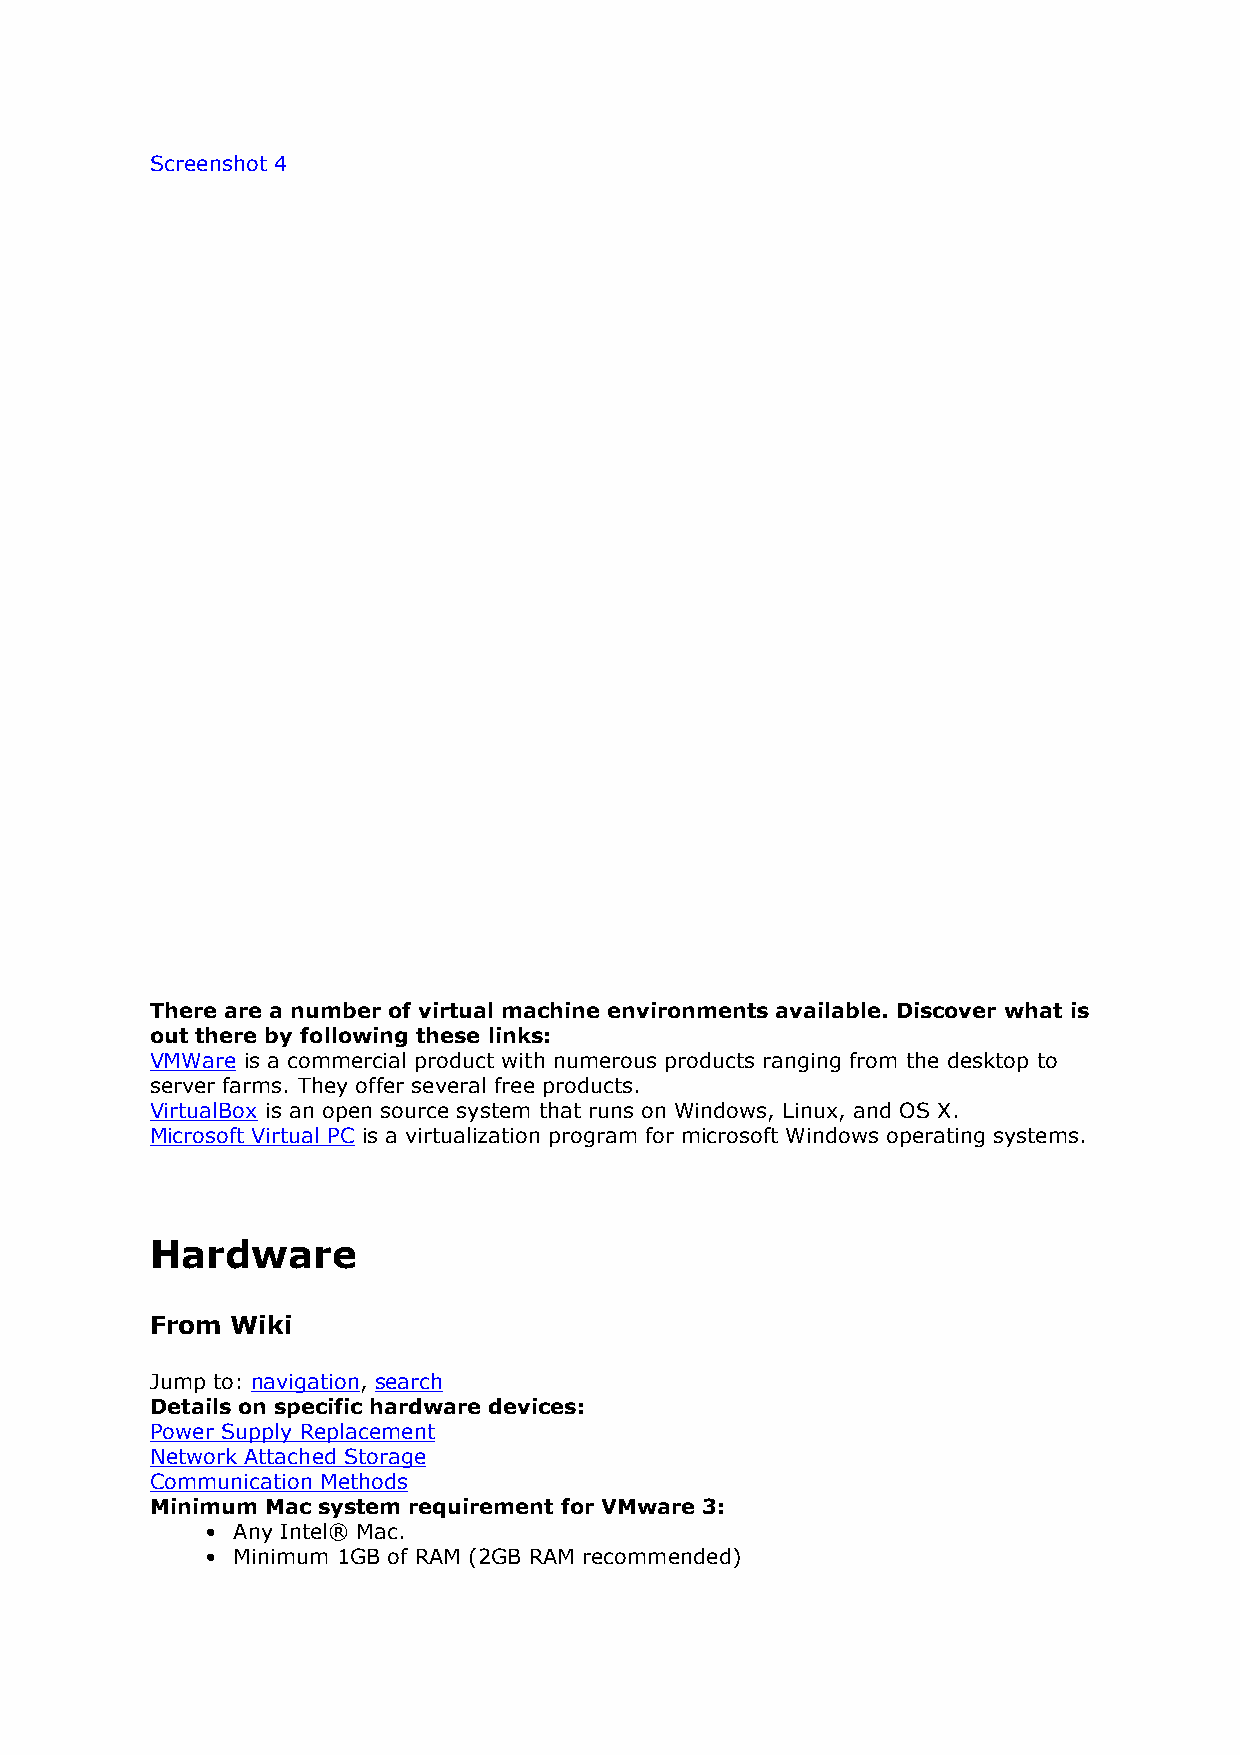
Screenshot 4
 There are a number of virtual machine environments available. Discover what is
 out there by following these links:
 VMWare is a commercial product with numerous products ranging from the desktop to
 server farms. They offer several free products.
 VirtualBox is an open source system that runs on Windows, Linux, and OS X.
 Microsoft Virtual PC is a virtualization program for microsoft Windows operating systems.
 Hardware
 From Wiki
 Jump to: navigation, search
 Details on specific hardware devices:
 Power Supply Replacement
 Network Attached Storage
 Communication Methods
 Minimum Mac system requirement for VMware 3:
 • Any Intel® Mac.
 • Minimum 1GB of RAM (2GB RAM recommended)